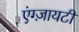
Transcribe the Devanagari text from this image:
एंग्ज़ायटी